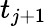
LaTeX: t_{j+1}